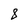
Character: 8